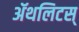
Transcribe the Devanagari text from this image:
ॲथलिटस्